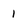
Character: I